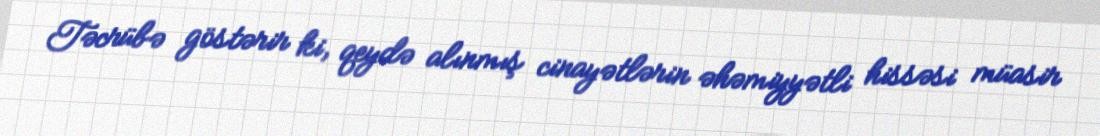
Təcrübə göstərir ki, qeydə alınmış cinayətlərin əhəmiyyətli hissəsi müasir